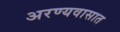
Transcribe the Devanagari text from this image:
अरण्यवासात